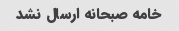
خامه صبحانه ارسال نشد